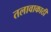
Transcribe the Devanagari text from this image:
तलावाकाठी